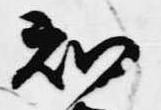
知